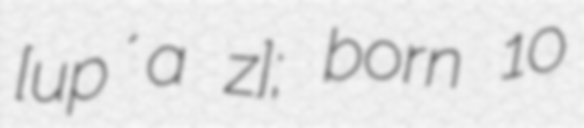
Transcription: [ɔupʼa ᶢǃʱɔz̤ɔ]; born 10